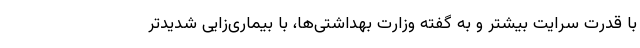
با قدرت سرایت بیشتر و به گفته وزارت بهداشتی‌ها، با بیماری‌زایی شدیدتر